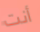
أنت